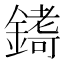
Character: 𮢷